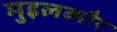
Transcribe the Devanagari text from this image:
मुइलब्यौर